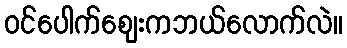
ဝင်ပေါက်စျေးကဘယ်လောက်လဲ။